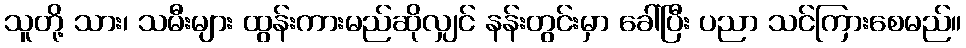
သူတို့ သား၊ သမီးများ ထွန်းကားမည်ဆိုလျှင် နန်းတွင်းမှာ ခေါ်ပြီး ပညာ သင်ကြားစေမည်။